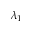
\lambda _ { 1 }